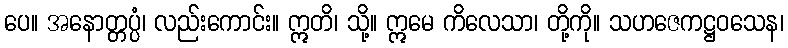
ပေ။ အနောတ္တပ္ပံ၊ လည်းကောင်း။ ဣတိ၊ သို့။ ဣမေ ကိလေသာ၊ တို့ကို။ သဟဇေကဋ္ဌဝသေန၊